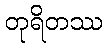
တုရိတဿ